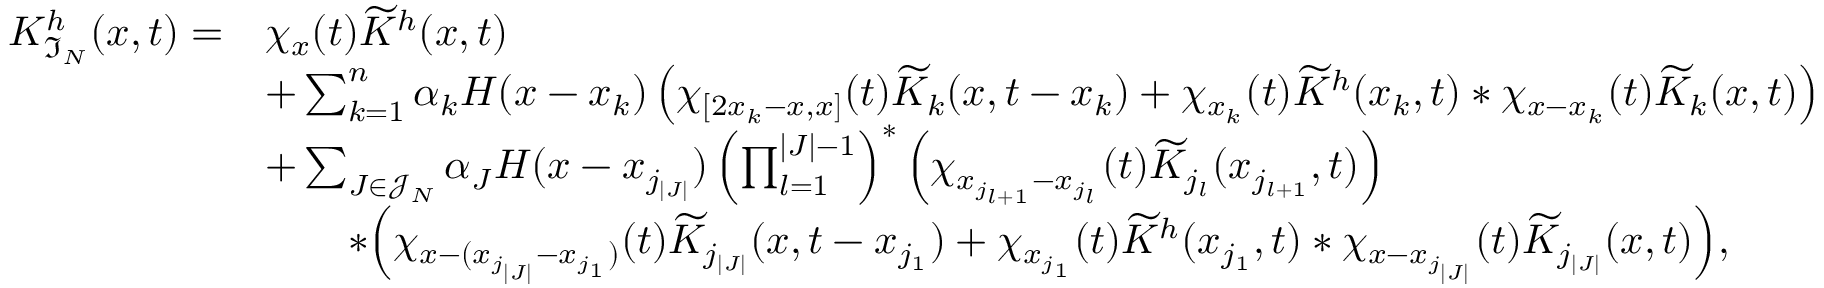
\begin{array} { r l } { K _ { \mathfrak { I } _ { N } } ^ { h } ( x , t ) = } & { \chi _ { x } ( t ) \widetilde { K } ^ { h } ( x , t ) } \\ & { + \sum _ { k = 1 } ^ { n } \alpha _ { k } H ( x - x _ { k } ) \left( \chi _ { [ 2 x _ { k } - x , x ] } ( t ) \widetilde { K } _ { k } ( x , t - x _ { k } ) + \chi _ { x _ { k } } ( t ) \widetilde { K } ^ { h } ( x _ { k } , t ) \ast \chi _ { x - x _ { k } } ( t ) \widetilde { K } _ { k } ( x , t ) \right) } \\ & { + \sum _ { J \in \mathcal { J } _ { N } } \alpha _ { J } H ( x - x _ { j _ { | J | } } ) \left( \prod _ { l = 1 } ^ { | J | - 1 } \right) ^ { \ast } \left( \chi _ { x _ { j _ { l + 1 } } - x _ { j _ { l } } } ( t ) \widetilde { K } _ { j _ { l } } ( x _ { j _ { l + 1 } } , t ) \right) } \\ & { \qquad \ast \Big ( \chi _ { x - ( x _ { j _ { | J | } } - x _ { j _ { 1 } } ) } ( t ) \widetilde { K } _ { j _ { | J | } } ( x , t - x _ { j _ { 1 } } ) + \chi _ { x _ { j _ { 1 } } } ( t ) \widetilde { K } ^ { h } ( x _ { j _ { 1 } } , t ) \ast \chi _ { x - x _ { j _ { | J | } } } ( t ) \widetilde { K } _ { j _ { | J | } } ( x , t ) \Big ) , } \end{array}